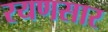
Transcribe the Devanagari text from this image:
रयणसार